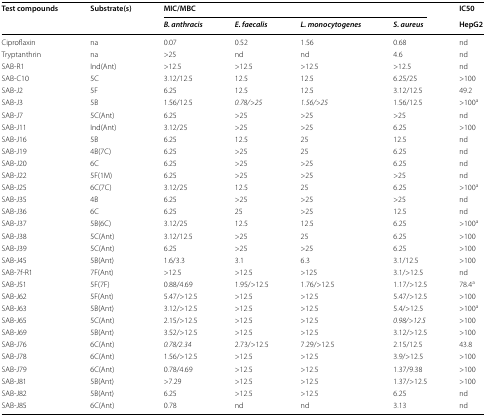
<table><thead><tr><td rowspan="2"><b>Test compounds</b></td><td rowspan="2"><b>Substrate(s)</b></td><td colspan="4"><b>MIC/MBC</b></td><td><b>IC50</b></td></tr><tr><td><b><i>B. anthracis</i></b></td><td><b><i>E. faecalis</i></b></td><td><b><i>L. monocytogenes</i></b></td><td><b><i>S. aureus</i></b></td><td><b>HepG2</b></td></tr></thead><tbody><tr><td>Ciproflaxin</td><td>na</td><td>0.07</td><td>0.52</td><td>1.56</td><td>0.68</td><td>nd</td></tr><tr><td>Tryptanthrin</td><td>na</td><td>&gt;25</td><td>nd</td><td>nd</td><td>4.6</td><td>nd</td></tr><tr><td>SAB-R1</td><td>Ind(Ant)</td><td>&gt;12.5</td><td>&gt;12.5</td><td>&gt;12.5</td><td>&gt;12.5</td><td>nd</td></tr><tr><td>SAB-C10</td><td>5C</td><td>3.12/12.5</td><td>12.5</td><td>12.5</td><td>6.25/25</td><td>&gt;100</td></tr><tr><td>SAB-J2</td><td>5F</td><td>6.25</td><td>12.5</td><td>12.5</td><td>3.12/12.5</td><td>49.2</td></tr><tr><td>SAB-J3</td><td>5B</td><td>1.56/12.5</td><td><i>0.78/&gt;25</i></td><td><i>1.56/&gt;25</i></td><td>1.56/12.5</td><td>&gt;100<sup>a</sup></td></tr><tr><td>SAB-J7</td><td>5C(Ant)</td><td>6.25</td><td>&gt;25</td><td>&gt;25</td><td>&gt;25</td><td>nd</td></tr><tr><td>SAB-J11</td><td>Ind(Ant)</td><td>3.12/25</td><td>&gt;25</td><td>&gt;25</td><td>6.25</td><td>&gt;100</td></tr><tr><td>SAB-J16</td><td>5B</td><td>6.25</td><td>12.5</td><td>25</td><td>12.5</td><td>nd</td></tr><tr><td>SAB-J19</td><td>4B(7C)</td><td>6.25</td><td>&gt;25</td><td>25</td><td>6.25</td><td>nd</td></tr><tr><td>SAB-J20</td><td>6C</td><td>6.25</td><td>&gt;25</td><td>&gt;25</td><td>6.25</td><td>nd</td></tr><tr><td>SAB-J22</td><td>5F(1M)</td><td>6.25</td><td>&gt;25</td><td>&gt;25</td><td>&gt;25</td><td>nd</td></tr><tr><td>SAB-J25</td><td>6C(7C)</td><td>3.12/25</td><td>12.5</td><td>25</td><td>6.25</td><td>&gt;100<sup>a</sup></td></tr><tr><td>SAB-J35</td><td>4B</td><td>6.25</td><td>&gt;25</td><td>&gt;25</td><td>&gt;25</td><td>nd</td></tr><tr><td>SAB-J36</td><td>6C</td><td>6.25</td><td>25</td><td>&gt;25</td><td>12.5</td><td>nd</td></tr><tr><td>SAB-J37</td><td>5B(6C)</td><td>3.12/25</td><td>12.5</td><td>12.5</td><td>6.25</td><td>&gt;100<sup>a</sup></td></tr><tr><td>SAB-J38</td><td>5C(Ant)</td><td>3.12/12.5</td><td>&gt;25</td><td>25</td><td>6.25</td><td>&gt;100</td></tr><tr><td>SAB-J39</td><td>5C(Ant)</td><td>6.25</td><td>&gt;25</td><td>&gt;25</td><td>6.25</td><td>&gt;100</td></tr><tr><td>SAB-J45</td><td>5B(Ant)</td><td>1.6/3.3</td><td>3.1</td><td>6.3</td><td>3.1/12.5</td><td>&gt;100</td></tr><tr><td>SAB-7f-R1</td><td>7F(Ant)</td><td>&gt;12.5</td><td>&gt;12.5</td><td>&gt;125</td><td>3.1/&gt;12.5</td><td>nd</td></tr><tr><td>SAB-J51</td><td>5F(7F)</td><td>0.88/4.69</td><td>1.95/&gt;12.5</td><td>1.76/&gt;12.5</td><td>1.17/&gt;12.5</td><td>78.4<sup>a</sup></td></tr><tr><td>SAB-J62</td><td>5F(Ant)</td><td>5.47/&gt;12.5</td><td>&gt;12.5</td><td>&gt;12.5</td><td>5.47/&gt;12.5</td><td>&gt;100</td></tr><tr><td>SAB-J63</td><td>5B(Ant)</td><td>3.12/&gt;12.5</td><td>&gt;12.5</td><td>&gt;12.5</td><td>5.4/&gt;12.5</td><td>&gt;100<sup>a</sup></td></tr><tr><td>SAB-J65</td><td>5C(Ant)</td><td>2.15/&gt;12.5</td><td>&gt;12.5</td><td>&gt;12.5</td><td><i>0.98/&gt;12.5</i></td><td>&gt;100</td></tr><tr><td>SAB-J69</td><td>5B(Ant)</td><td>3.52/&gt;12.5</td><td>&gt;12.5</td><td>&gt;12.5</td><td>3.12/&gt;12.5</td><td>&gt;100</td></tr><tr><td>SAB-J76</td><td>6C(Ant)</td><td><i>0.78/2.34</i></td><td>2.73/&gt;12.5</td><td>7.29/&gt;12.5</td><td>2.15/12.5</td><td>43.8</td></tr><tr><td>SAB-J78</td><td>6C(Ant)</td><td>1.56/&gt;12.5</td><td>&gt;12.5</td><td>&gt;12.5</td><td>3.9/&gt;12.5</td><td>&gt;100</td></tr><tr><td>SAB-J79</td><td>6C(Ant)</td><td>0.78/4.69</td><td>&gt;12.5</td><td>&gt;12.5</td><td>1.37/9.38</td><td>&gt;100</td></tr><tr><td>SAB-J81</td><td>5B(Ant)</td><td>&gt;7.29</td><td>&gt;12.5</td><td>&gt;12.5</td><td>1.37/&gt;12.5</td><td>&gt;100</td></tr><tr><td>SAB-J82</td><td>5B(Ant)</td><td>6.25</td><td>&gt;12.5</td><td>&gt;12.5</td><td>6.25</td><td>nd</td></tr><tr><td>SAB-J85</td><td>6C(Ant)</td><td>0.78</td><td>nd</td><td>nd</td><td>3.13</td><td>nd</td></tr></tbody></table>